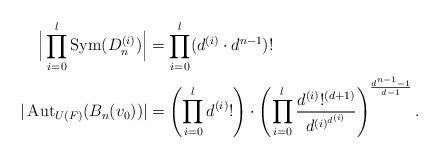
LaTeX: \begin{align*}\Big|\prod_{i=0}^l \operatorname{Sym}(D_n^{(i)})\Big| &= \prod_{i=0}^l (d^{(i)} \cdot d^{n-1})! \\|\operatorname{Aut}_{U(F)}(B_n(v_0))| &= \left( \prod_{i=0}^l d^{(i)}! \right) \cdot\left(\prod_{i=0}^{l}\frac{d^{(i)}!^{(d+1)}}{d^{(i)^{d^{(i)}}}}\right)^{\frac{d^{n-1}-1}{d-1}}.\end{align*}